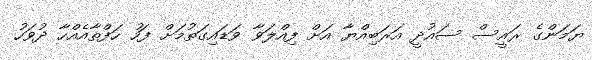
ޔަމަންގެ ރައީސް ސައުދީ އަރަބިއްޔާ އަށް ފިއްލަވާ ވަޑައިގަތުމަށް ފަހު ހަފްތާއެއްހާ ދުވަހު